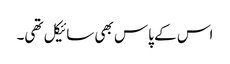
اس کے پاس بھی سائیکل تھی۔